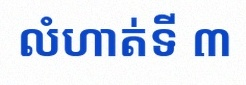
លំហាត់ទី ៣